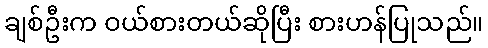
ချစ်ဦးက ဝယ်စားတယ်ဆိုပြီး စားဟန်ပြုသည်။